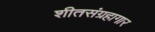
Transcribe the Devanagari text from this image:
शीतसंग्रहागार